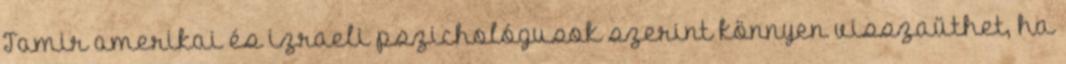
Tamir amerikai és izraeli pszichológusok szerint könnyen visszaüthet, ha